Report on sanitation, dispensaries, and jails in Rajputana for 1921, and on vaccination for the year 1921-1922 - 1921-1922
Year: 1921
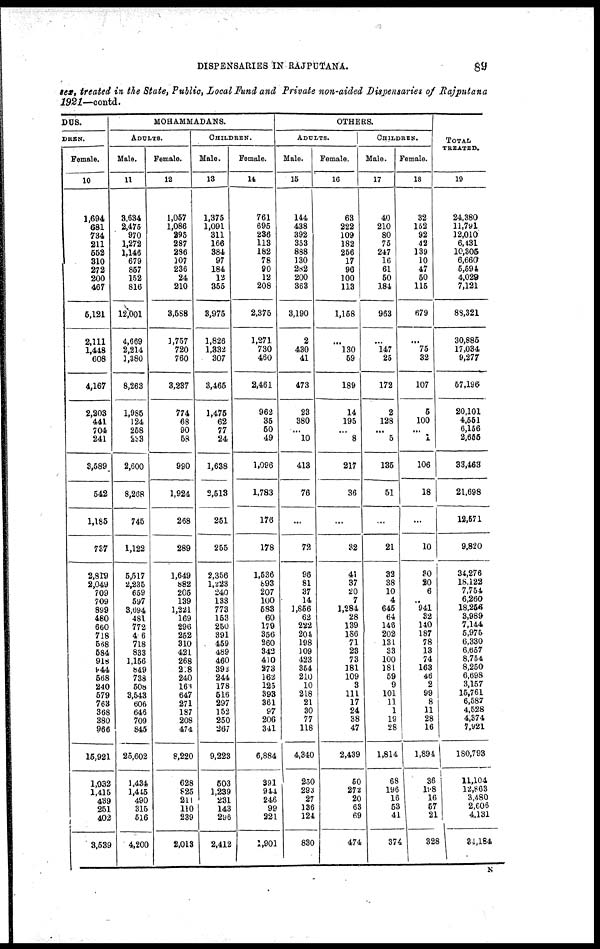
DISPENSARIES IN RAJPUTANA.
89
sex, treated in the State, Public, Local Fund, and Private non-aided Dispensaries of Rajputana
1921—contd.
DUS.
DREN.
Female.
10
1,694
681
734
211
552
310
272
200
467
5,121
2,111
1,448
608
4,167
2,203
441
704
241
3,589
542
1,185
737
2,819
2,049
709
709
899
480
660
718
568
584
918
144
568
240
579
763
368
380
966
15,921
1,032
1,415
439
251
402
3,539
MOHAMMADANS.
ADULTS.
Male.
11
3,634
2,475
970
1,272
1,146
679
857
152
816
12,001
4,669
2,214
1,380
8,263
1,985
124
258
233
2,600
8,268
745
1,122
5,517
2,235
659
597
3,694
481
772
406
718
833
1,156
849
738
508
3,543
606
646
709
845
25,602
1,434
1,445
490
315
516
4,200
Female.
12
1,057
1,086
295
287
286
107
236
24
210
3,588
1,757
720
760
3,237
774
68
90
58
990
1,924
268
289
1,649
882
205
139
1,221
169
296
252
310
421
268
218
240
163
647
271
187
208
474
8,220
628
825
211
110
239
2,013
CHILDREN.
Male.
13
1,375
1,091
311
166
384
97
184
12
355
3,975
1,826
1,332
307
3,465
1,475
62
77
24
1,638
2,513
251
255
2,356
1,223
240
133
773
153
250
391
459
489
460
392
244
178
516
297
152
250
267
9,223
503
1,239
231
143
296
2,412
Female.
14
761
695
236
113
182
78
90
12
208
2,375
1,271
730
460
2,461
962
35
50
49
1,096
1,783
176
178
1,536
893
207
100
583
60
179
356
260
342
410
273
162
125
393
361
97
206
341
6,884
391
944
246
99
221
1,901
OTHERS.
ADULTS.
Male.
15
144
438
392
353
888
130
282
200
363
3,190
2
430
41
473
23
380
...
10
413
76
...
72
96
81
37
14
1,856
62
222
204
198
109
423
354
210
10
218
21
30
77
118
4,340
230
293
27
136
124
830
Female.
16
63
222
109
182
256
17
96
100
113
1,158
...
130
59
189
14
195
...
8
217
36
...
32
41
37
20
7
1,284
28
139
186
71
23
73
181
109
3
111
17
24
38
47
2,439
50
272
20
63
69
474
CHILDREN.
Male.
17
40
210
80
75
247
16
61
50
184
963
...
147
25
172
2
128
...
5
135
51
...
21
32
38
10
4
645
64
146
202
131
33
100
181
59
9
101
11
1
19
28
1,814
68
196
16
53
41
374
Female.
18
32
152
92
42
139
10
47
50
115
679
...
75
32
107
5
100
...
1
106
18
...
10
80
20
6
...
941
32
140
187
78
13
74
163
46
2
99
8
11
28
16
1,894
36
198
16
57
21
328
TOTAL
TREATED.
19
24,380
11,79l
12,010
6,431
10,305
6,660
5,594
4,029
7,121
88,321
30,885
17,034
9,277
57,196
20,101
4,551
6,156
2,655
33,463
21,698
12,571
9,820
34,276
18,122
7,754
6,260
18,256
3,989
7,144
5,975
6,330
6,657
8,754
8,250
6,698
3,157
15,761
6,587
4,528
4,374
7,921
180,793
11,104
12,863
3,480
2,606
4,131
34,184
N